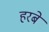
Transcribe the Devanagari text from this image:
हरबे